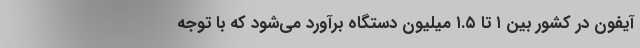
آیفون در کشور بین ۱ تا ۱.۵ میلیون دستگاه برآورد می‌شود که با توجه